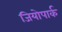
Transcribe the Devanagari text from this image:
जियोपार्क